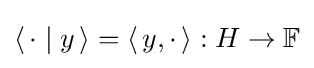
\left\langle \,\cdot \mid y\,\right\rangle =\left\langle \,y,\cdot \,\right\rangle :H\to \mathbb {F}